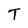
Character: T